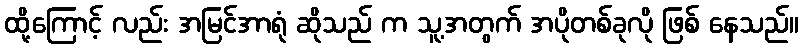
ထို့ကြောင့် လည်း အမြင်အာရုံ ဆိုသည် က သူ့အတွက် အပိုတစ်ခုလို ဖြစ် နေသည်။